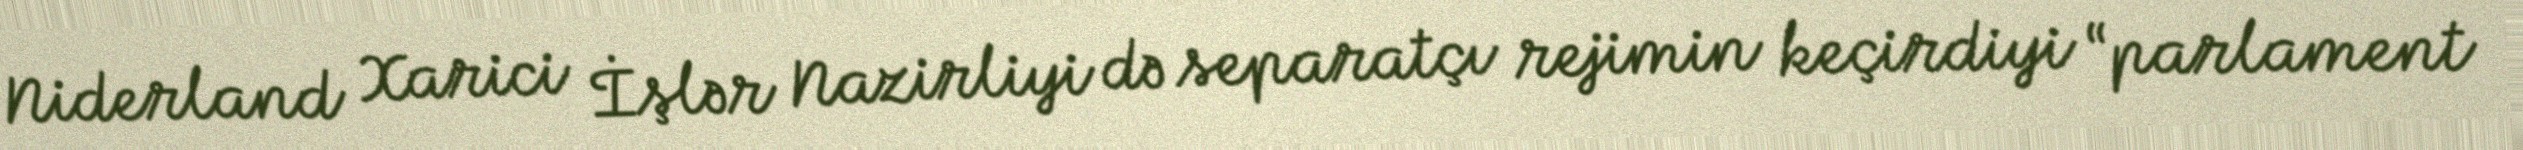
Niderland Xarici İşlər Nazirliyi də separatçı rejimin keçirdiyi “parlament